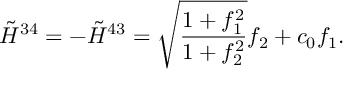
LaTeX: \tilde { { \cal H } } ^ { 3 4 } = - \tilde { { \cal H } } ^ { 4 3 } = \sqrt { \frac { 1 + f _ { 1 } ^ { 2 } } { 1 + f _ { 2 } ^ { 2 } } } f _ { 2 } + c _ { 0 } f _ { 1 } . \nonumber